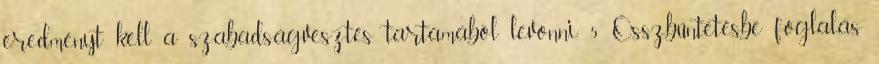
eredményt kell a szabadságvesztés tartamából levonni. 5 Összbüntetésbe foglalás